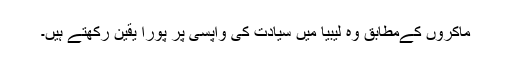
ماکروں کےمطابق وہ لیبیا میں سیادت کی واپسی پر پورا یقین رکھتے ہیں۔